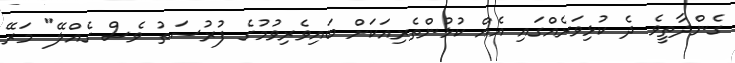
ގެންދާތީވެ ދެ ކުޅިވަރެއްގައި އެއް ކުޅުންތެރިއަކަށް ބައިވެރިވުމުގެ ފުރުސަތު ވެސް ގެއްލޭ" މަރޭ